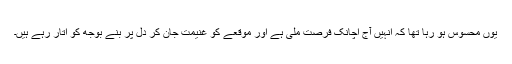
یوں محسوس ہو رہا تھا کہ انہیں آج اچانک فرصت ملی ہے اور موقعے کو غنیمت جان کر دل پر بنے بوجھ کو اتار رہے ہیں۔